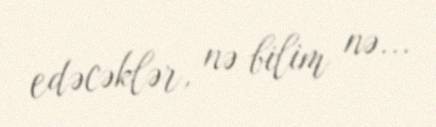
edəcəklər, nə bilim nə...